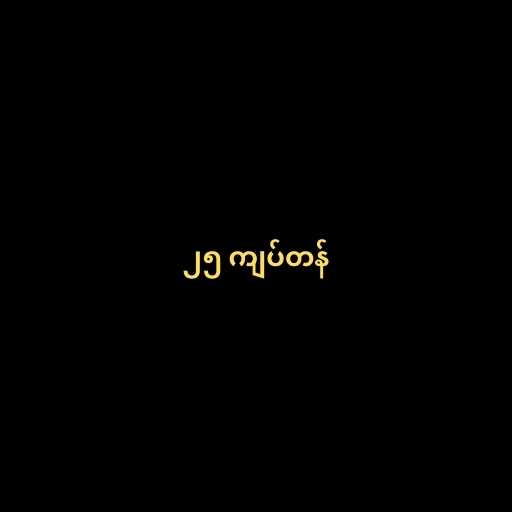
၂၅ ကျပ်တန်